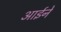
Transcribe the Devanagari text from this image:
आईनें